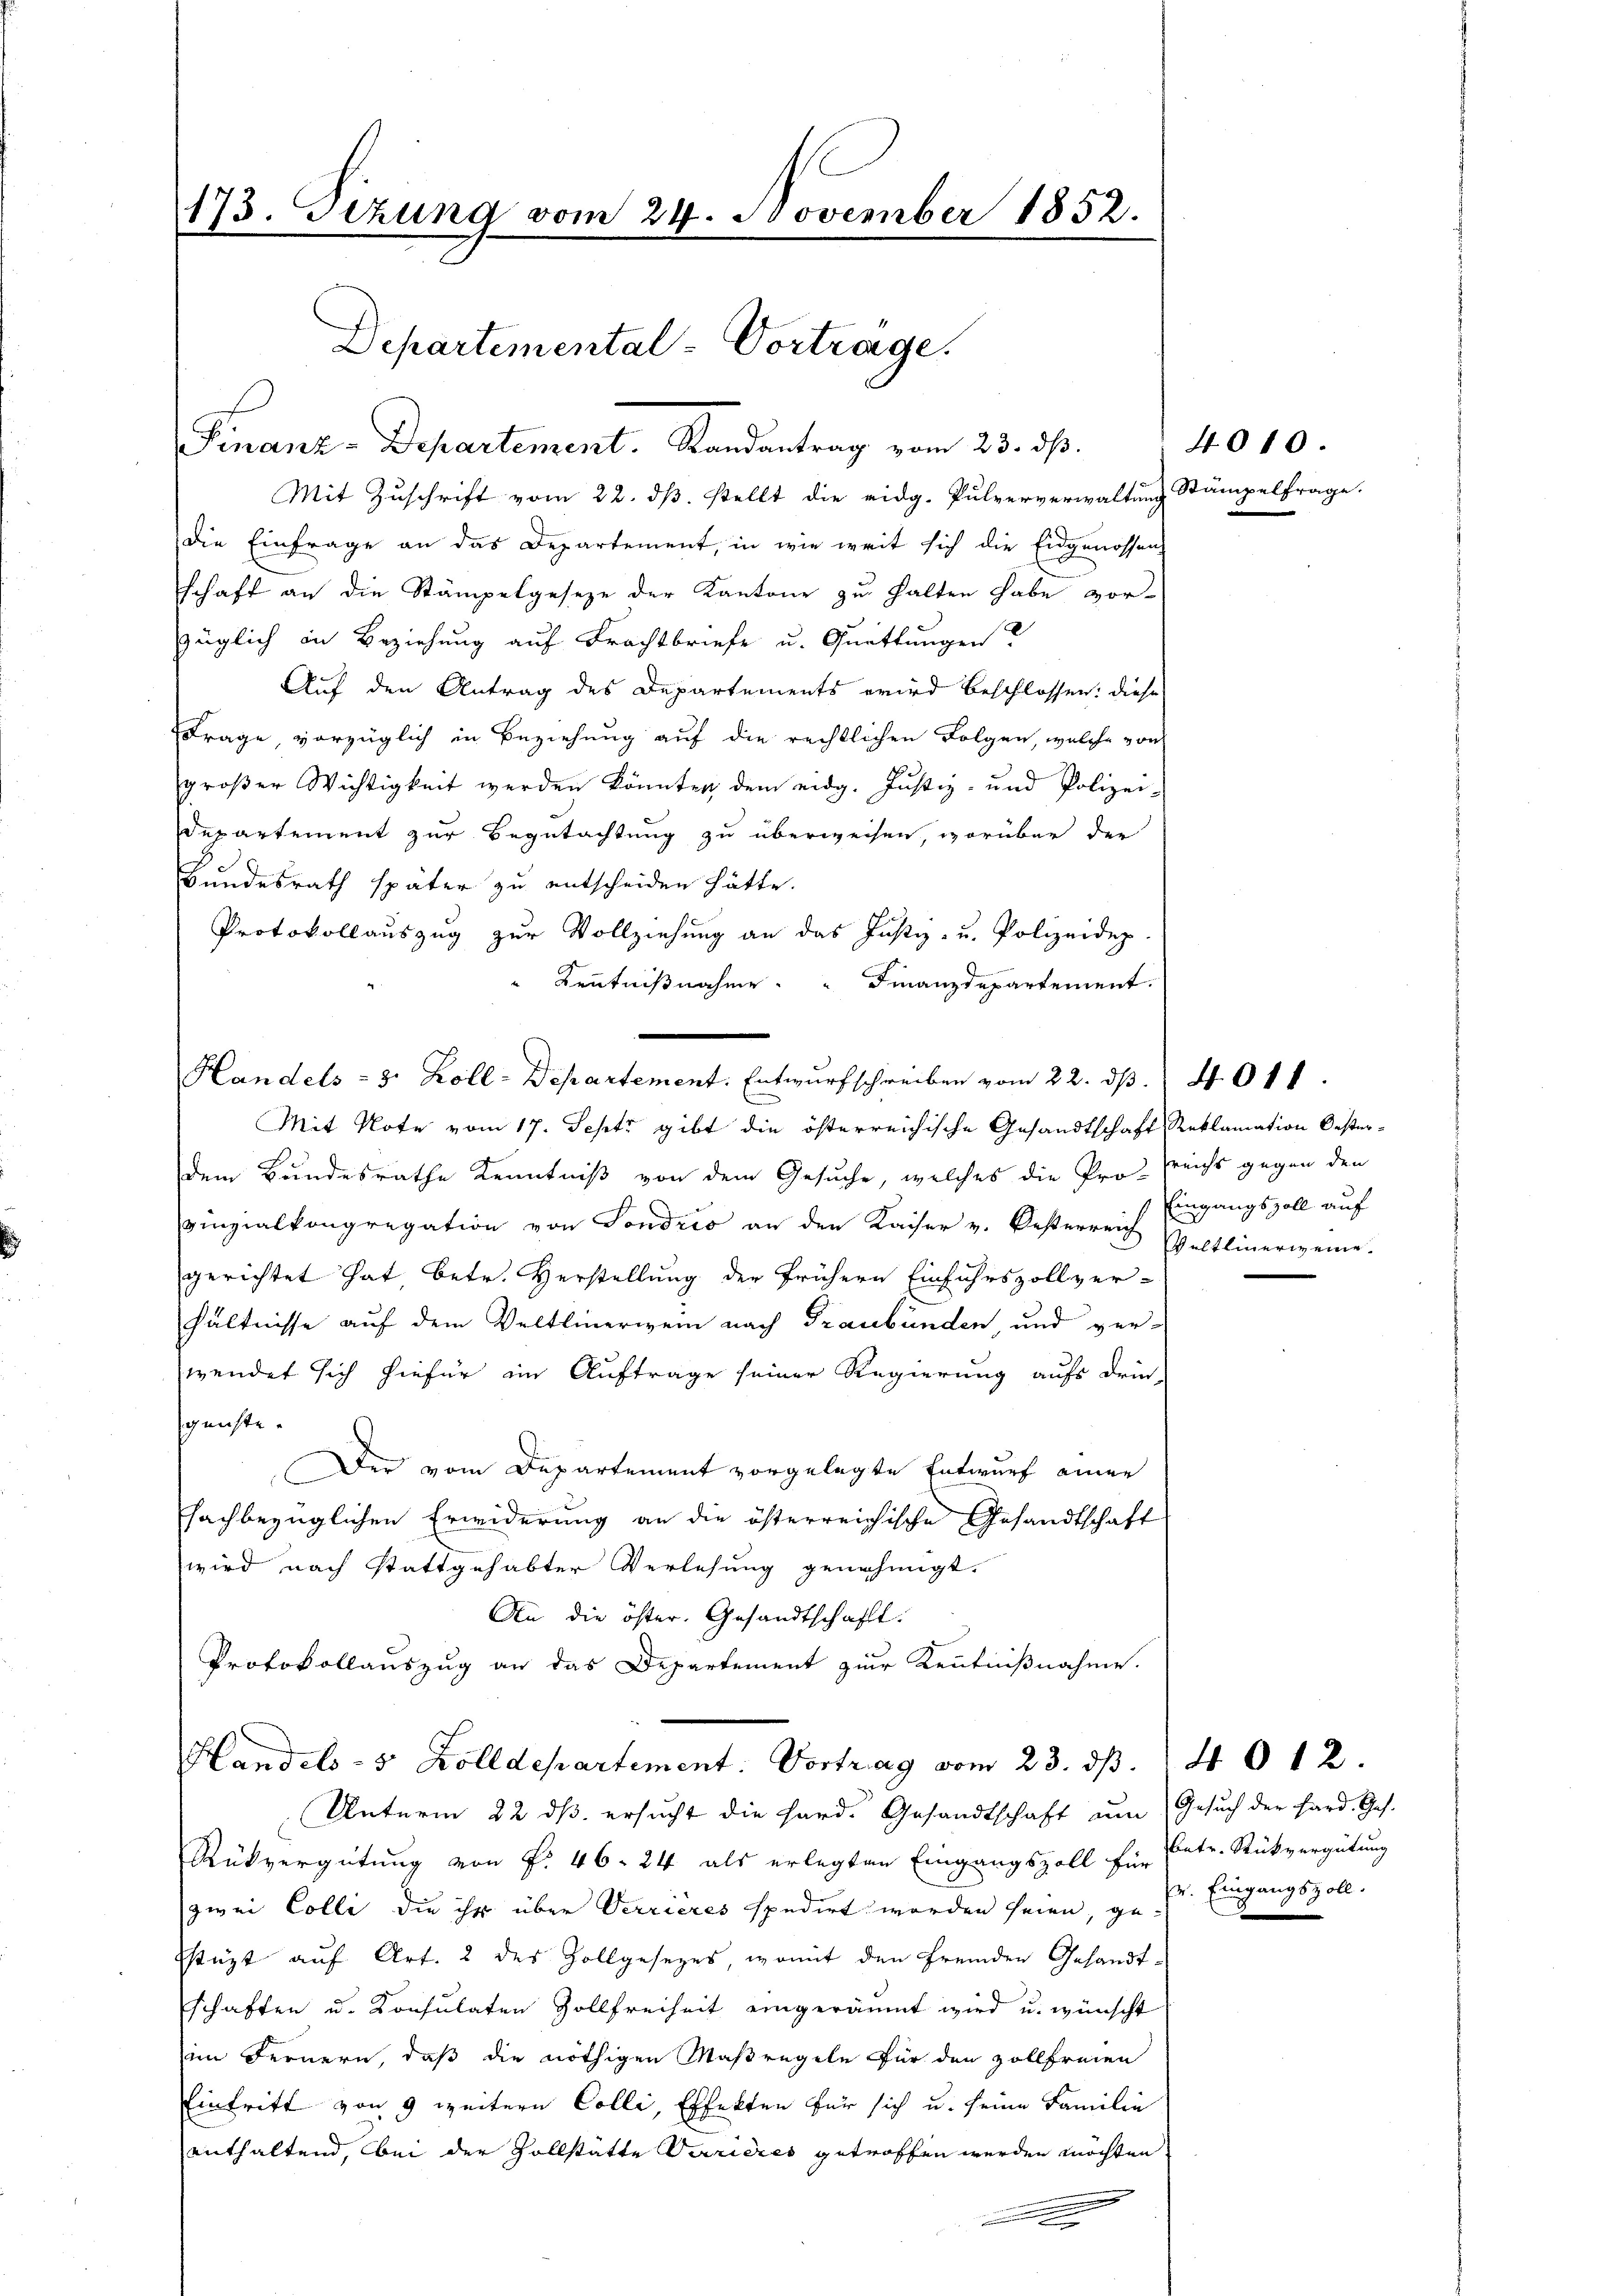
173. Sezung vom 24. November 1852.
Departemental-Vortrage.

Mit Zuschrift vom 22. ds. stellt die eidg. Pulververwaltung Stämpelfrage.
die Einfrage an das Departement, in wie weit sich die Eidgenossen
schaft an die Stämpelgeseze der Kantone zu halten habe vor-
züglich in Beziehung auf Frachtbriefe u. Quittungen?
Auf den Antrag des Departements wird beschlossen: diese
FFrage vorzüglich in Beziehung auf die rechtlichen Folgen, welche von
großer Wichtigkeit werden könnten, dem eidg. Justiz- und Polizei-
Departement zur Begutachtung zu überweisen, worüber der
Bundesrath später zu entscheiden hätte.
Protokollauszug zur Vollziehung an das Justiz- u. Polizeidep
" Kenntnißnahme. " Finanzdepartement.

Mit Note vom 17. Sept gibt die österreichische Gesandtschaft Reklamation Oester-
dem Bundesrathe Kenntniß von dem Gesuche, welches die Pro- reichs gegen den
vinzialkongregation von Sondrio an den Kaiser v. Oesterreich Veltlinerweine.
gerichtet hat betr. Verstellung der frühern Einfuhrszollver-
hältnisse auf dem Veltlinerwein nach Graubünden, und ver-
wendet sich hiefür im Auftrage seiner Regierung aufs drin-
gunste
Der vom Departement vorgelegte Entwurf einer
fachbezüglichen Erwiderung an die österreichische Gesandtschaft
wird nach stattgehabter Verlesung genehmigt.
An die öster. Gesandtschafft.
Protokollauszug an das Departement zur Kenntnißnahme.

Finanz-Departement. Randantrag vom 23. ds.

Handels- 3. Zoll-Departement. Entwurfschreiben vom 22. ds. 4 011.

Handels- 5 Zolldepartement: Vortrag vom 23. ds.
Unterm 22. ds. ersucht die Hard. Gesandtschaft um Gesuch der Hard. Ges.

Rükvergütung von P. 46. 24 als erlegten Eingangszoll für Petr. Rückvergütung
zwei Colle die ihr über Verrieres spedirt worden seien, gestüzt auf Art. 2 des Zollgesezes, womit den fremden Gesandt-
schaften u. Konsulaten Zollfreiheit eingeräumt wird u. wünscht
im Fernern, daß die nöthigen Maßregeln für den Zollfreien
Eintritt von 9 weitern Colle, Effekten für sich u. seine Familie
enthaltend, bei der Vollstätte Verrieres getroffen werden möchten
e
e

4010.

Eingangszoll auf

v. Eingangszoll.

4012.

6